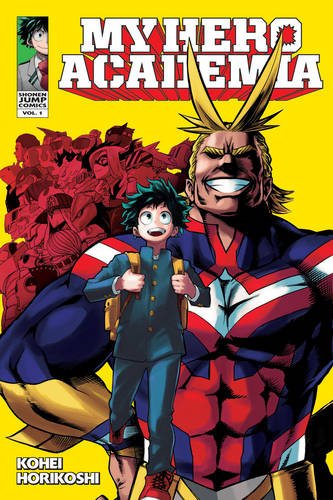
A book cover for My Hero Academia , Vol. 1; Kohei Horikoshi; Comics & Graphic Novels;